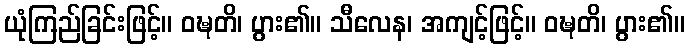
ယုံကြည်ခြင်းဖြင့်။ ဝဍ္ဎတိ၊ ပွား၏။ သီလေန၊ အကျင့်ဖြင့်။ ဝဍ္ဎတိ၊ ပွား၏။